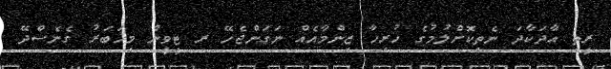
ރީތި އާދަކާދަ ނެތިކޮށްލުމުގެ ހުރިހާ ޒިންމާއެއް ނަގަންޖެހޭ ރ ޓީވީން މިޚަބަރު ގެނެސްދޭ